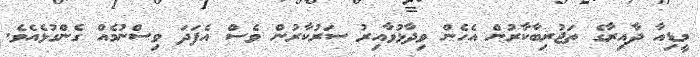
މީޑިއާ ދާއިރާގެ ތަޖުރިބާކާރުން އެހެން ވިދާޅުވާއިރު ސަރުކާރުން ވެސް އެފަދަ ވިސްނުމެއް ގެންގުޅެއެވެ.